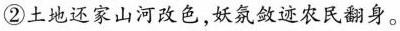
②土地还家山河改色，妖氛敛迹农民翻身。